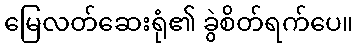
မြေလတ်ဆေးရုံ၏ ခွဲစိတ်ရက်ပေ။